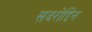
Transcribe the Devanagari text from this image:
सदरोद्दिन